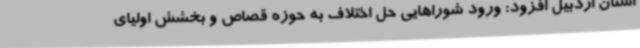
استان اردبیل افزود: ورود شوراهایی حل اختلاف به حوزه قصاص و بخشش اولیای